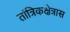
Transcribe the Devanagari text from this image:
तांत्रिकक्षेत्रास